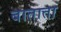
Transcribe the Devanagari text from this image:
बाताता